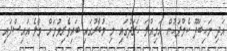
އަދި މަހިބަދޫ ކެމްޕަހުން އަމިއްލަ ހަރަދުގައި މި މުބާރުގައި ބައިވެރިވުމަށް މާލެ އައިސްފައި